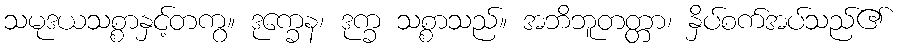
သမုဒယသစ္စာနှင့်တကွ။ ဒုက္ခေန၊ ဒုက္ခ သစ္စာသည်။ အဘိဘူတတ္တာ၊ နှိပ်စက်အပ်သည်၏